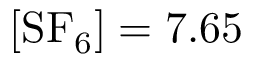
[ \mathrm { { S F _ { 6 } } ] = 7 . 6 5 }